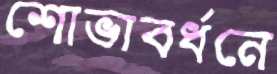
শোভাবর্ধনে